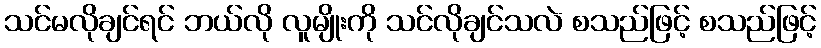
သင်မလိုချင်ရင် ဘယ်လို လူမျိုးကို သင်လိုချင်သလဲ စသည်ဖြင့် စသည်ဖြင့်